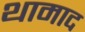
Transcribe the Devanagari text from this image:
थामाद